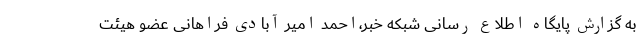
به گزارش پایگاه اطلاع رسانی شبکه خبر،احمد امیر آبادی فراهانی عضو هیئت